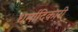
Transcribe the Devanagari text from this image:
धर्मादिकारी